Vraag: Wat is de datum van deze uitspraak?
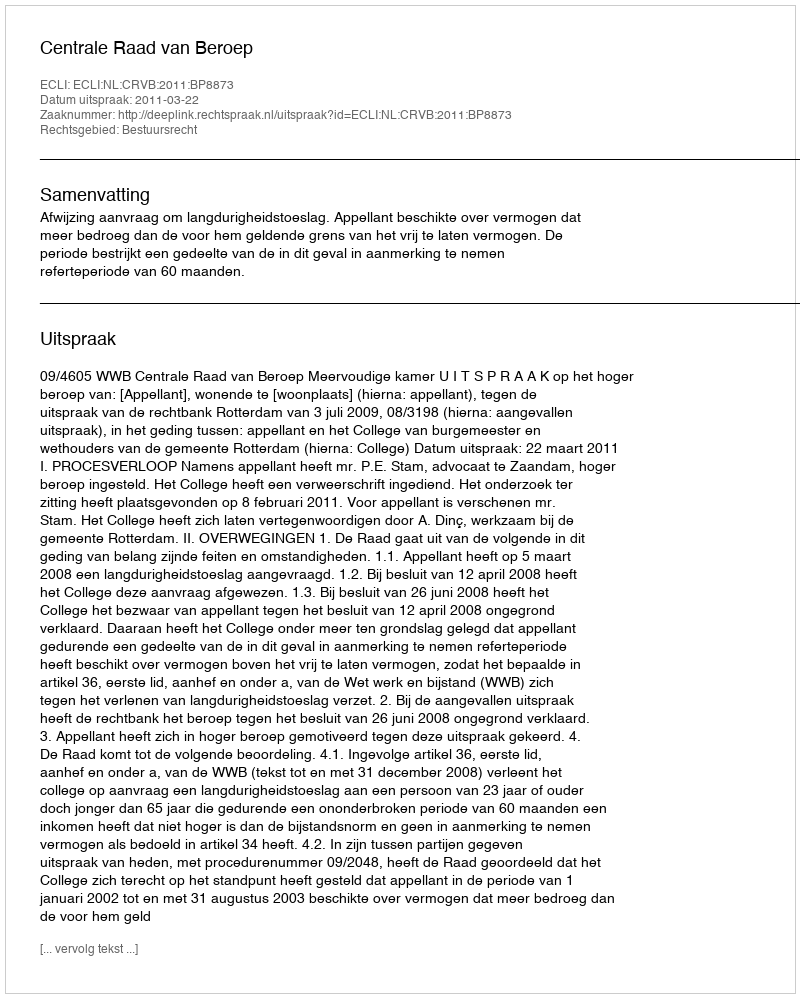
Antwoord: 2011-03-22